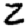
Digit: 2